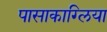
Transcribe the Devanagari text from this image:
पासाकाग्लिया